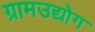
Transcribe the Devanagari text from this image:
ग्रामउद्योग